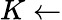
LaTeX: K\leftarrow